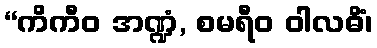
“ကိကီဝ အဏ္ဍံ, စမရီဝ ဝါလဓိံ၊